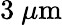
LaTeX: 3\ \mu\mathrm{m}